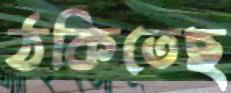
ঠকিতেছ